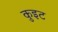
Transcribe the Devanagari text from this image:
कुइट